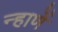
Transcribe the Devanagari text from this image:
न्हाणें